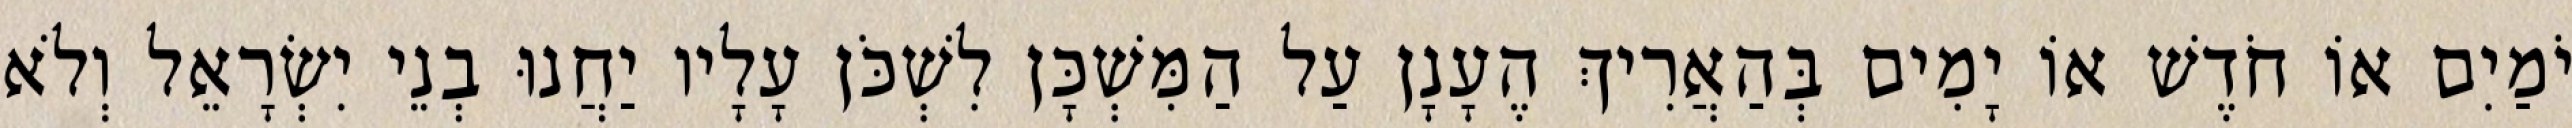
יֹמַיִם אוֹ חֹדֶשׁ אוֹ יָמִים בְּהַאֲרִיךְ הֶעָנָן עַל הַמִּשְׁכָּן לִשְׁכֹּן עָלָיו יַחֲנוּ בְנֵי יִשְׂרָאֵל וְלֹא